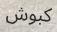
كبوش